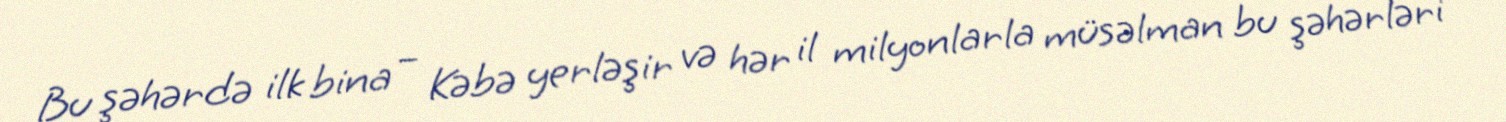
Bu şəhərdə ilk bina – Kəbə yerləşir və hər il milyonlarla müsəlman bu şəhərləri